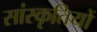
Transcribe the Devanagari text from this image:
सांस्कृतियों